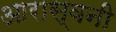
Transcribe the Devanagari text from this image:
आरास्वनी